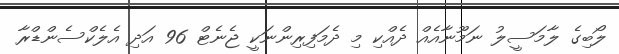
ލޯބިގެ ލާމަސީލު ނަމޫނާއެއް ދެއްކި މި ދެމަފިރިންނަކީ ޖެނެޓް 96 އަދި އެލެކްސެންޑްރާ